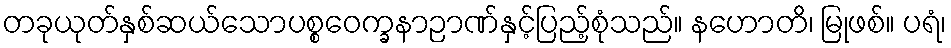
တခုယုတ်နှစ်ဆယ်သောပစ္စဝေက္ခနာဉာဏ်နှင့်ပြည့်စုံသည်။ နဟောတိ၊ မြုဖစ်။ ပရံ၊